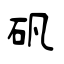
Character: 矾